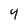
Character: 4